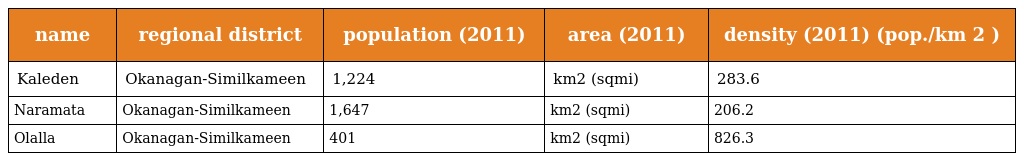
| name | regional district | population (2011) | area (2011) | density (2011) (pop./km 2 ) |
 | --- | --- | --- | --- | --- |
 | Kaleden | Okanagan-Similkameen | 1,224 | km2 (sqmi) | 283.6 |
 | Naramata | Okanagan-Similkameen | 1,647 | km2 (sqmi) | 206.2 |
 | Olalla | Okanagan-Similkameen | 401 | km2 (sqmi) | 826.3 |